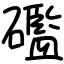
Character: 礛